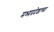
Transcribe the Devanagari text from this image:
मध्यप्रदेशाच्या